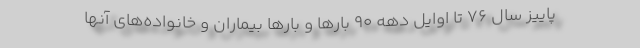
پاییز سال 76 تا اوایل دهه 90 بارها و بارها بیماران و خانواده‌های آنها